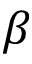
\beta